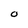
Character: 0